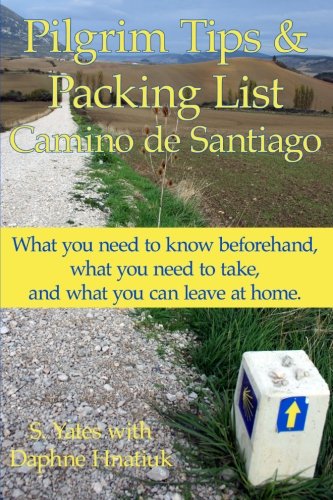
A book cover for Pilgrim Tips & Packing List Camino de Santiago: What you need to know beforehand, what you need to take, and what you can leave at home.; S. Yates; Sports & Outdoors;